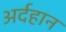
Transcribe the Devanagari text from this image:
अर्दहान